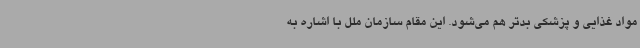
مواد غذایی و پزشکی بدتر هم می‌شود. این مقام سازمان ملل با اشاره به